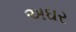
અઘર